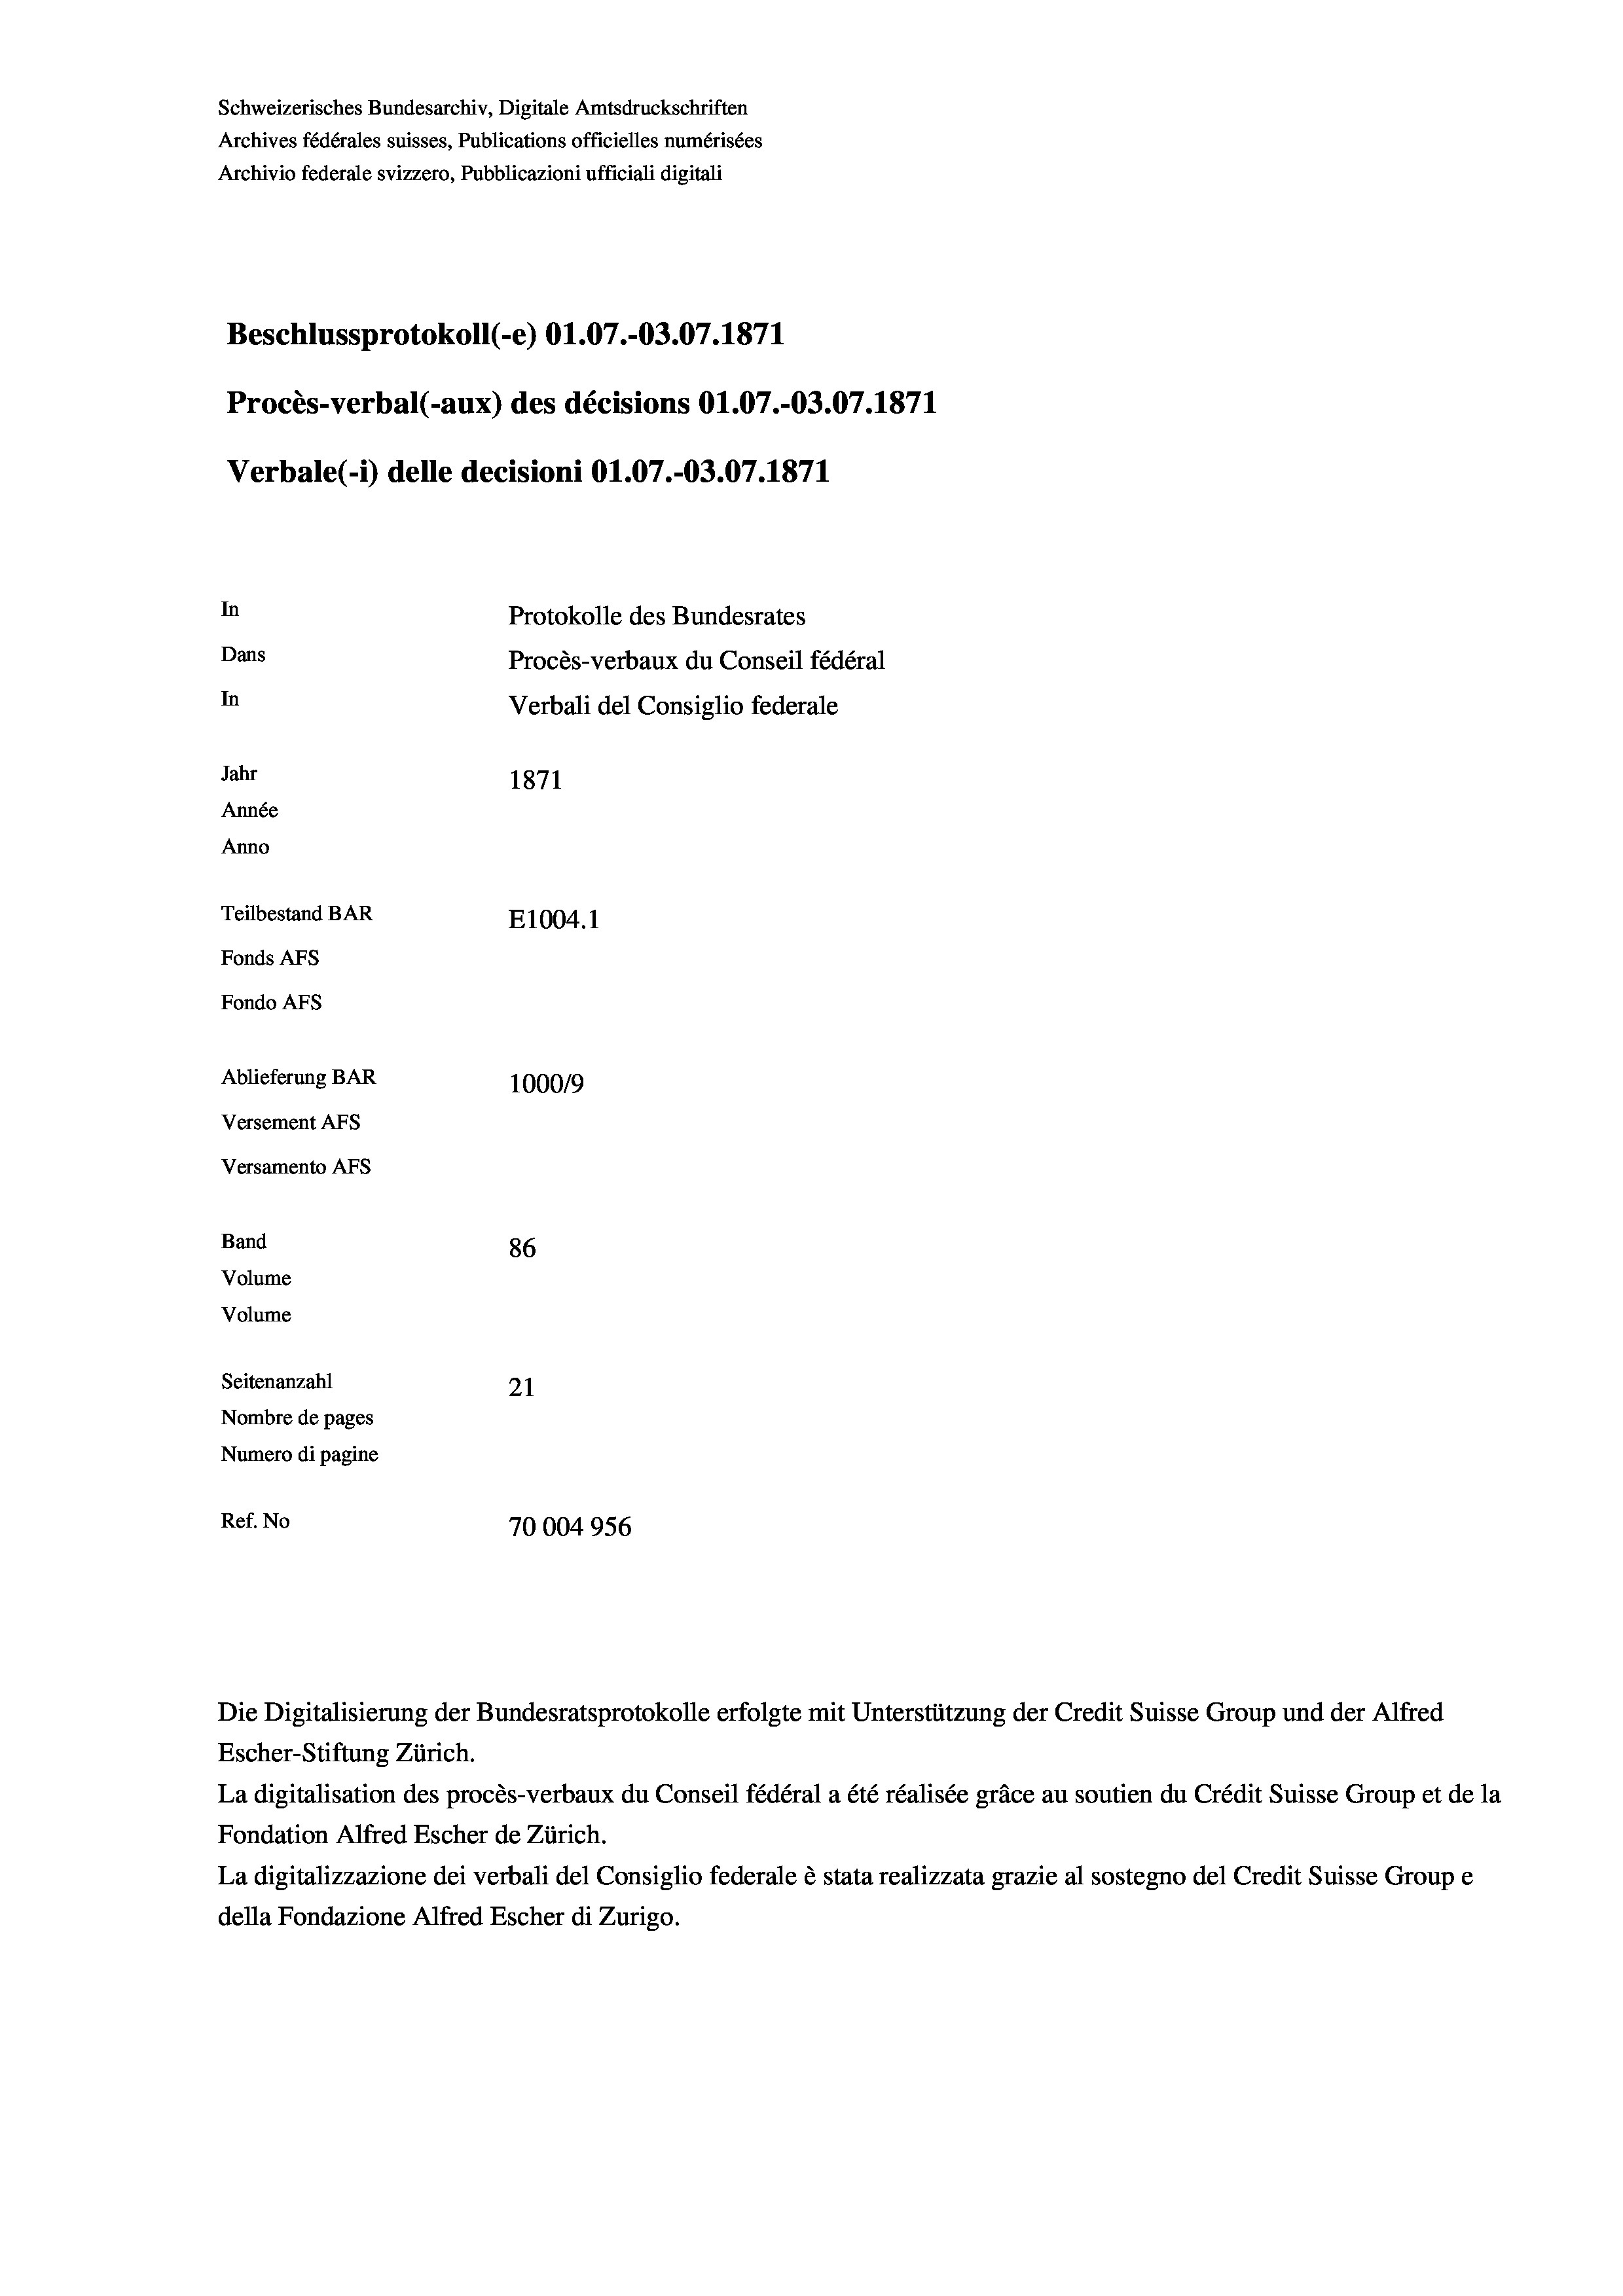
Schweizerisches Bundesarchiv, Digitale Amtsdruckschriften
Archives fédérales suisses, Publications officielles numérisées
Archivio federale svizzero, Pubblicazioni ufficiali digitali
Beschlussprotokoll (-e) O1.07.-O3.07. 1871
Procès-verbal (-aux) des décisions O1.07.-O3.07. 1871
Verbale(*) delle decisioni O1.07.-03.07. 1871
In
Protokolle des Bundesrates
Dans
Procès-verbaux du Conseil fédéral
In
Verbali del Consiglio federale
Jahr
1871
Année
Anno
Teilbestand BAR
E1004.1
Fonds Afs
Fondo Afs
Ablieferung BAR
100019
Versement Ans

Versamento Afs
Band
Volume
Volume

Seitenanzahl

86
21
Nombre de pages
Numero di pagine
Ref. No
70004956

Die Digitalisierung der Bundesratsprotokolle erfolgte mit Unterstützung der Credit Suisse Group und der Alfred
Escher-Stiftung Zürich.
La digitalisation des procès-verbaux du Conseil fédéral a été réalisée gräce au soutien du Crédit Suisse Group et de la
Fondation Alfred Escher de Zürich.
La digitalizzazione dei verbali del Consiglio federale è stata realizzata grazie al sostegno del Credit Suisse Groupe
della Fondazione Alfred Escher di Zurigo.